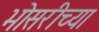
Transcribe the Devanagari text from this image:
भोसरीच्या